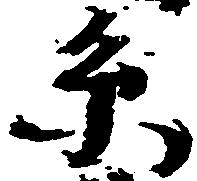
系